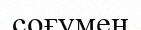
соғумен